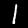
Label: 1